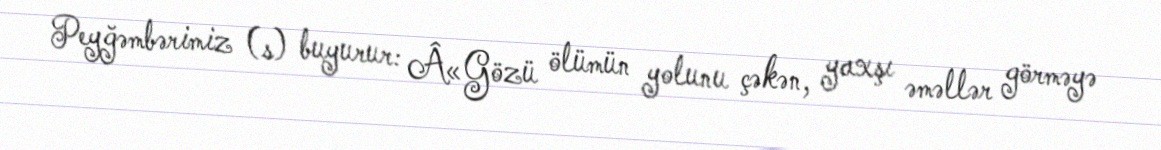
Peyğəmbərimiz (s) buyurur: Â«Gözü ölümün yolunu çəkən, yaxşı əməllər görməyə